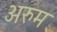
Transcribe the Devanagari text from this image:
अरुम